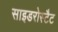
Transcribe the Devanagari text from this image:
साइडरोस्टैट